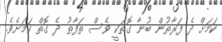
ކަމަށް ދެ ފަރާތުން ބުނާ ގޮތަކީ ވެސް ތަފާތު ދެ ގޮތް ކަމަށެވެ.